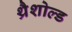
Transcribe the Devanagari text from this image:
थ्रैशोल्ड